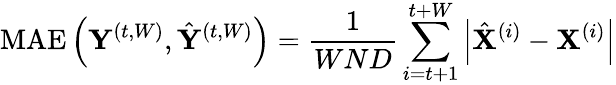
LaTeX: \operatorname{MAE}\left(\mathbf{Y}^{(t,W)},\hat{\mathbf{Y}}^{(t,W)}\right)=\frac{1}{WND}\sum_{i=t+1}^{t+W}\left|\hat{\mathbf{X}}^{(i)}-\mathbf{X}^{(i)}\right|